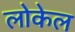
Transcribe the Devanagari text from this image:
लोकेल